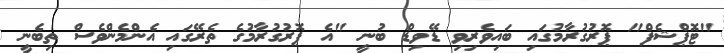
"ޓޮޕްޝެފް" ޕޮރުގުރާމުގައި ބައިވެރިވި ޑޭވިޑް ބުނީ "އެ ޕޮރުގުރާމުގެ ތެރޭގައި އެންމެންވެސް ތިބެނީ